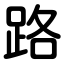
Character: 路